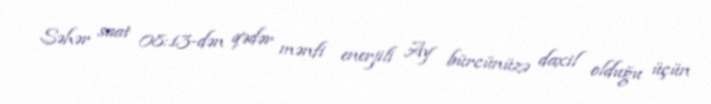
Səhər saat 08:13-dən qədər mənfi enerjili Ay bürcünüzə daxil olduğu üçün